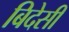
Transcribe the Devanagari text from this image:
बिदेसी